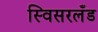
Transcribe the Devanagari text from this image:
स्विसरलँड